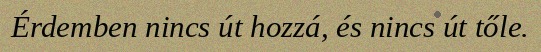
Érdemben nincs út hozzá, és nincs út tőle.